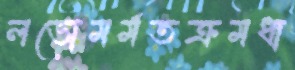
লভোমর্মতক্রমধা